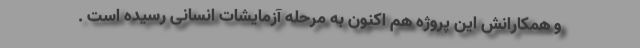
و همکارانش این پروژه هم اکنون به مرحله آزمایشات انسانی رسیده است .